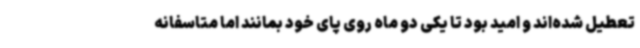
تعطیل شده‌اند و امید بود تا یکی دو ماه روی پای خود بمانند اما متاسفانه